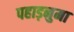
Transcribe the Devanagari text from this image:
पहाड़नुमा